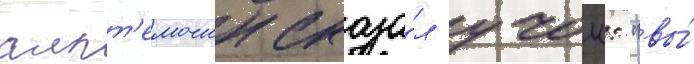
алпт'емочин сказа́л учок: "вы́